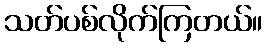
သတ်ပစ်လိုက်ကြတယ်။